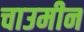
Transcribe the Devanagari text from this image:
चाउमीन